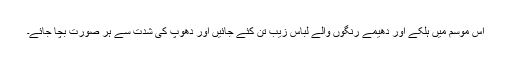
اس موسم میں ہلکے اور دھیمے رنگوں والے لباس زیبِ تن کئے جائیں اور دھوپ کی شدت سے ہر صورت بچا جائے۔